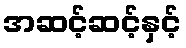
အဆင့်ဆင့်နှင့်